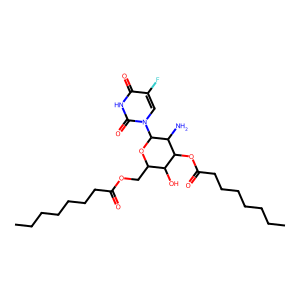
SMILES: CCCCCCCC(=O)OCC1OC(n2cc(F)c(=O)[nH]c2=O)C(N)C(OC(=O)CCCCCCC)C1O
Inhibits HIV replication: No